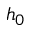
h _ { 0 }